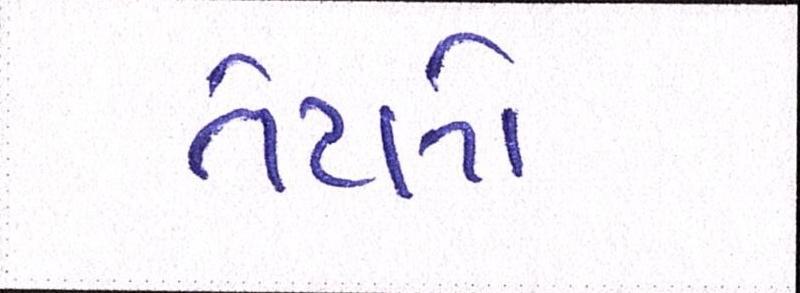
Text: તેટલો